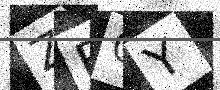
Text: ZBOY